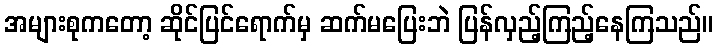
အများစုကတော့ ဆိုင်ပြင်ရောက်မှ ဆက်မပြေးဘဲ ပြန်လှည့်ကြည့်နေကြသည်။